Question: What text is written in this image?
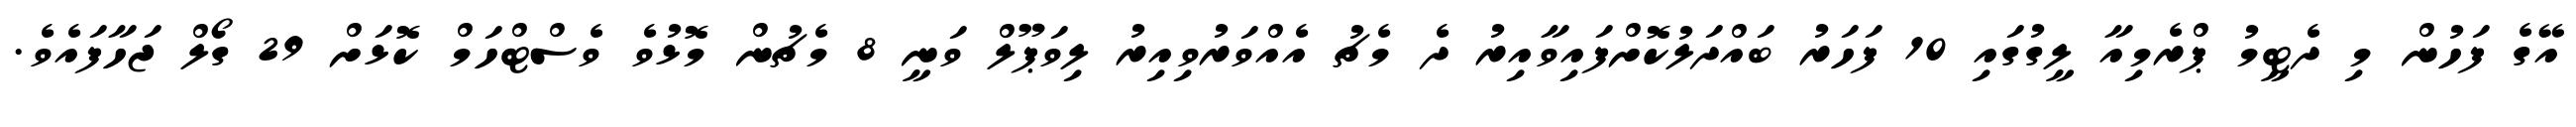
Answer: އޭގެ ފަހުން މި ދެޓީމު ޕްރެމިއާ ލީގުގައި 10 ފަހަރު ބައްދަލުކޮށްފައިވާއިރު ދެ މެޗު އެއްވަރުވިއިރު ލިވަޕޫލް ވަނީ 8 މެޗުން މޮޅުވެ ވެސްޓްހަމް ކޮޅަށް 29 ގޯލް ޖަހާފައެވެ.